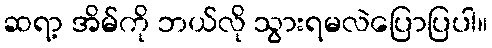
ဆရာ့ အိမ်ကို ဘယ်လို သွားရမလဲပြောပြပါ။